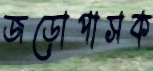
জড়োপাসক